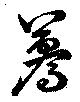
驀